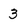
Character: 3